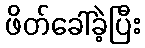
ဖိတ်ခေါ်ခဲ့ပြီး